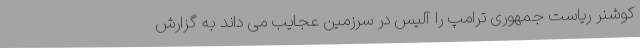
کوشنر ریاست جمهوری ترامپ را آلیس در سرزمین عجایب می داند به گزارش